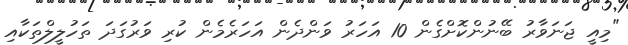
"މިއީ ޖަނަވާރު ބޭނުންކޮށްގެން 10 އަހަރު ވަންދެން އަހަރެމެން ކުރި ވަރުގަދަ ތަހުލީލްތަކާއި